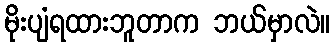
မိုးပျံရထားဘူတာက ဘယ်မှာလဲ။